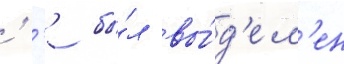
' '' бы́л вы́д'ел'ен